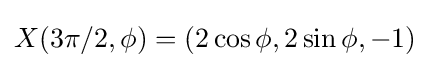
X({3\pi /2},\phi )=(2\cos \phi ,2\sin \phi ,-1)